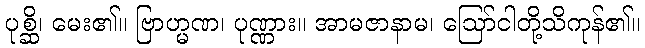
ပုစ္ဆိ၊ မေး၏။ ဗြာဟ္မဏ၊ ပုဏ္ဏား။ အာမဇာနာမ၊ ဩော်ငါတို့သိကုန်၏။